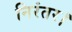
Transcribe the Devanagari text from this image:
निरंतर।